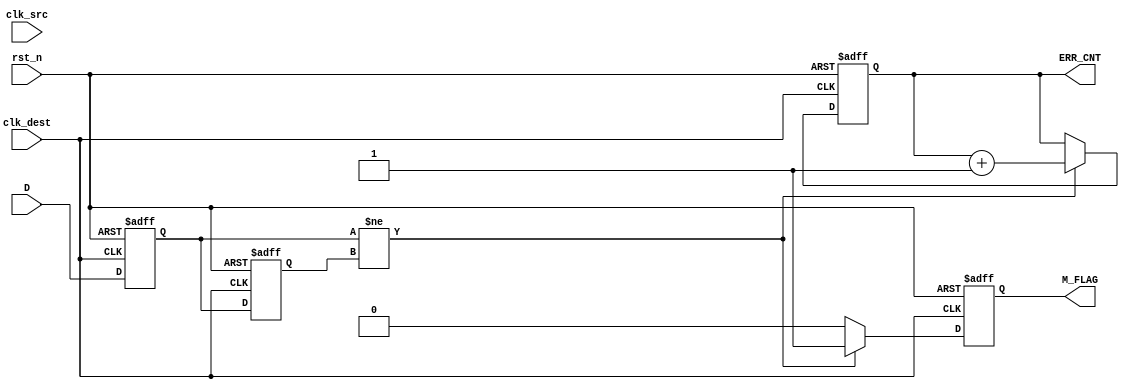
module cdc_detector (
    input wire clk_src,        // Source clock
    input wire clk_dest,       // Destination clock
    input wire rst_n,          // Asynchronous reset (active low)
    input wire D,              // Data signal to be monitored
    output reg M_FLAG,         // Metastability flag
    output reg [31:0] ERR_CNT  // Error counter
);

    reg Q1, Q2;                // Outputs of the flip-flops
    
    // Asynchronous reset and flip-flop logic for the destination clock domain
    always @(posedge clk_dest or negedge rst_n) begin
        if (!rst_n) begin
            Q1 <= 1'b0;       // Reset Q1
            Q2 <= 1'b0;       // Reset Q2
            ERR_CNT <= 32'd0; // Reset error counter
            M_FLAG <= 1'b0;   // Reset metastability flag
        end
        else begin
            Q1 <= D;          // Sample data signal
            Q2 <= Q1;         // Sample output of FF1
            // Metastability detection logic
            if (Q1 != Q2) begin
                M_FLAG <= 1'b1; // Set metastability flag
                ERR_CNT <= ERR_CNT + 1; // Increment error counter
            end
            else begin
                M_FLAG <= 1'b0; // Clear metastability flag
            end
        end
    end

endmodule